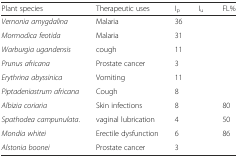
<table><thead><tr><td><b>Plant species</b></td><td><b>Therapeutic uses</b></td><td><b>I<sub>p</sub></b></td><td><b>I<sub>u</sub></b></td><td><b>FL%</b></td></tr></thead><tbody><tr><td><i>Vernonia amygdalina</i></td><td>Malaria</td><td>36</td><td>[EMPTY_CELL]</td><td>[EMPTY_CELL]</td></tr><tr><td><i>Mormodica feotida</i></td><td>Malaria</td><td>31</td><td>[EMPTY_CELL]</td><td>[EMPTY_CELL]</td></tr><tr><td><i>Warburgia ugandensis</i></td><td>cough</td><td>11</td><td>[EMPTY_CELL]</td><td>[EMPTY_CELL]</td></tr><tr><td><i>Prunus africana</i></td><td>Prostate cancer</td><td>3</td><td>[EMPTY_CELL]</td><td>[EMPTY_CELL]</td></tr><tr><td><i>Erythrina abyssinica</i></td><td>Vomiting</td><td>11</td><td>[EMPTY_CELL]</td><td>[EMPTY_CELL]</td></tr><tr><td><i>Piptadeniastrum africana</i></td><td>Cough</td><td>8</td><td>[EMPTY_CELL]</td><td>[EMPTY_CELL]</td></tr><tr><td><i>Albizia coriaria</i></td><td>Skin infections</td><td>8</td><td>[EMPTY_CELL]</td><td>80</td></tr><tr><td><i>Spathodea campunulata</i>.</td><td>vaginal lubrication</td><td>4</td><td>[EMPTY_CELL]</td><td>50</td></tr><tr><td><i>Mondia whitei</i></td><td>Erectile dysfunction</td><td>6</td><td>[EMPTY_CELL]</td><td>86</td></tr><tr><td><i>Alstonia boonei</i></td><td>Prostate cancer</td><td>3</td><td>[EMPTY_CELL]</td><td>[EMPTY_CELL]</td></tr></tbody></table>